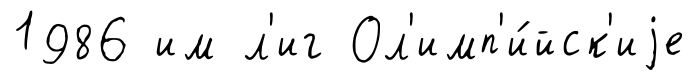
1986 им л'иг Ол'имп'и́йск'иjе